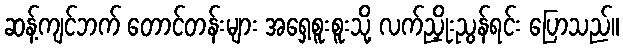
ဆန့်ကျင်ဘက် တောင်တန်းများ အရှေ့စူးစူးသို့ လက်ညှိုးညွန်ရင်း ပြောသည်။